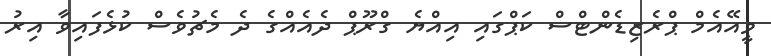
ވީއޭއެމް ޕްރެޒިޑެންޓްސް ކަޕްގައި އިއްޔެ ގްރޫޕް ދެއެއްގެ ދެ މެޗުވެސް ކުޅެފައިވާ އިރު